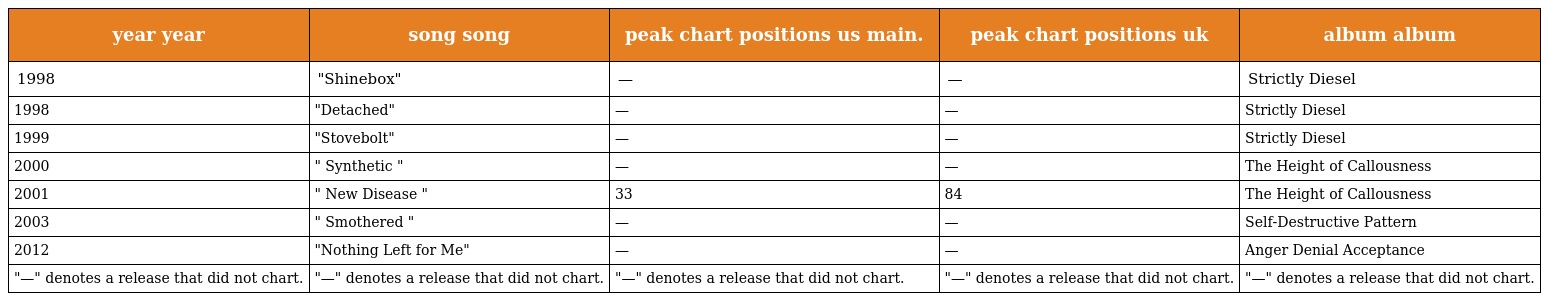
| year year | song song | peak chart positions us main. | peak chart positions uk | album album |
 | --- | --- | --- | --- | --- |
 | 1998 | "Shinebox" | — | — | Strictly Diesel |
 | 1998 | "Detached" | — | — | Strictly Diesel |
 | 1999 | "Stovebolt" | — | — | Strictly Diesel |
 | 2000 | " Synthetic " | — | — | The Height of Callousness |
 | 2001 | " New Disease " | 33 | 84 | The Height of Callousness |
 | 2003 | " Smothered " | — | — | Self-Destructive Pattern |
 | 2012 | "Nothing Left for Me" | — | — | Anger Denial Acceptance |
 | "—" denotes a release that did not chart. | "—" denotes a release that did not chart. | "—" denotes a release that did not chart. | "—" denotes a release that did not chart. | "—" denotes a release that did not chart. |